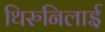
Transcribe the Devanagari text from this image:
थिरुनिलाई